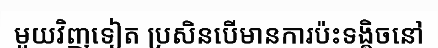
មួយវិញទៀត ប្រសិនបើមានការប៉ះទង្គិចនៅ